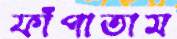
ফাঁপাতাম